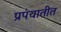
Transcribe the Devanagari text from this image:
प्रपंचातीत